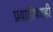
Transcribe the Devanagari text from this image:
प्रवाहीपणही